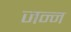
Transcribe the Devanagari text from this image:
जन्न